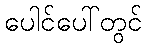
ပေါင်ပေါ်တွင်